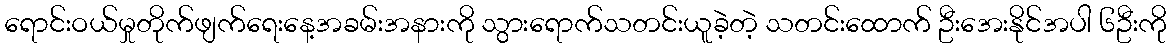
ရောင်းဝယ်မှုတိုက်ဖျက်ရေးနေ့အခမ်းအနားကို သွားရောက်သတင်းယူခဲ့တဲ့ သတင်းထောက် ဦးအေးနိုင်အပါ ၆ဦးကို